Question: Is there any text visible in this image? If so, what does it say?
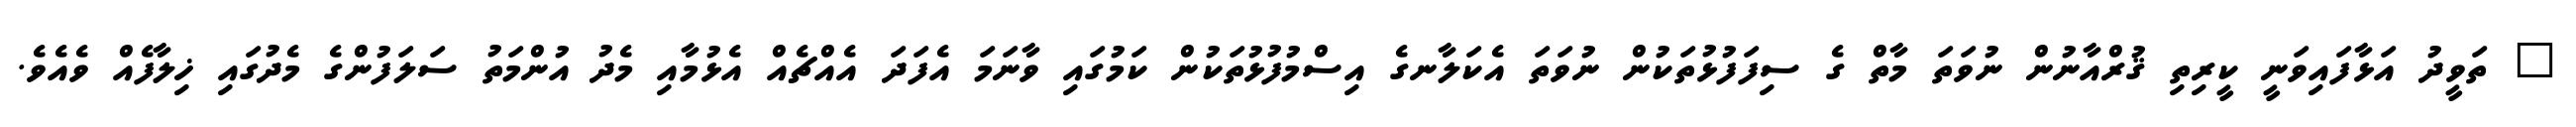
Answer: " ތަވީދު އަޅާފައިވަނީ ކީރިތި ޤުރްއާނުން ނުވަތަ މާތް ގެ ސިފަފުޅުތަކުން ނުވަތަ އެކަލާނގެ އިސްމުފުޅުތަކުން ކަމުގައި ވާނަމަ އެފަދަ އެއްޗެއް އެޅުމާއި މެދު އުންމަތު ސަލަފުންގެ މެދުގައި ޚިލާފެއް ވެއެވެ.